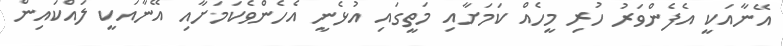
އޭނާއަކީ އެފެންވަރު ހުރި މީހެއް ކަމަށާއި މަތީގައި އުޅެނީ އެހެންވެކަމަށާއި އޭނާއަކީ ލައްކައިން